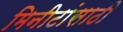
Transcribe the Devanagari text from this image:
मिनीटांसाठी